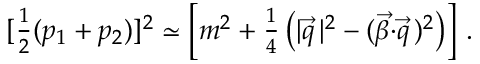
[ { \textstyle \frac { 1 } { 2 } } ( p _ { 1 } + p _ { 2 } ) ] ^ { 2 } \simeq \left[ m ^ { 2 } + { \textstyle \frac { 1 } { 4 } } \left( | { \vec { q } } \, | ^ { 2 } - ( { \vec { \beta } } { \cdot } { \vec { q } } \, ) ^ { 2 } \right) \right] \, .